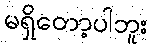
မရှိတော့ပါဘူး